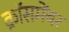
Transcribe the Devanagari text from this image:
क्रॉसमेंबर